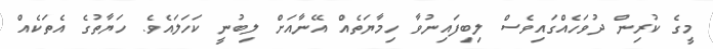
މީގެ ކުރިން ދުވަހެއްގައިވެސް ލިބިފައިނުވާ ހިމާޔަތެއް އޭނާއަށް ލިބުނީ ކަހަލައެވެ. ހަޔާތުގެ އެތަކެއް